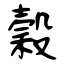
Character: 穀